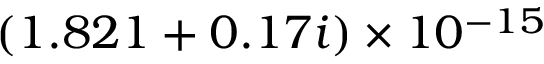
( 1 . 8 2 1 + 0 . 1 7 i ) \times 1 0 ^ { - 1 5 }